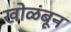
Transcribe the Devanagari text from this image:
खोळंबून